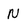
Character: N